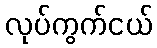
လုပ်ကွက်ငယ်